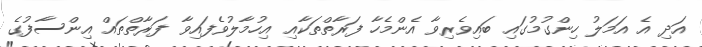
އަދި އެ އަމަލު ހިންގުމުގައި ބައިވެރިވާ އެންމެހާ ފަރާތްތަކާއި އިހުމާލުވެފައިވާ ފަރާތްތައް އިންސާފުގެ